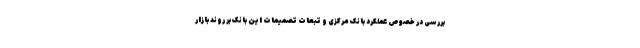
بررسی در خصوص عملکرد بانک مرکزی و تبعات تصمیمات این بانک بر روند بازار